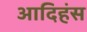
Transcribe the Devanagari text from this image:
आदिहंस